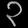
Digit: ၃